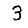
Digit: 3